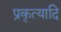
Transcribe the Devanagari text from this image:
प्रकृत्यादि